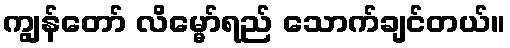
ကျွန်တော် လိမ္မော်ရည် သောက်ချင်တယ်။